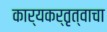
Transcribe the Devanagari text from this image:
कार्यकर्तृत्वाचा